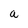
Character: a